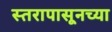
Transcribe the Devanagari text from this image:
स्तरापासूनच्या